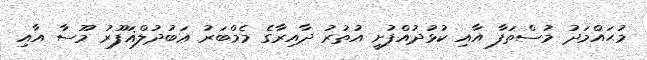
މުޙައްމަދު މުސްތަފާ އާއި ކުޅުދުއްފުށީ އުތުރު ދާއިރާގެ މެމްބަރު ޢަބުދުލްޣަފޫރު މޫސާ އާއި